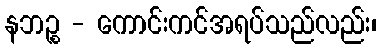
နဘဉ္စ - ကောင်းကင်အရပ်သည်လည်း၊